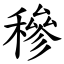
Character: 穇